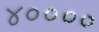
૪૦૦૦૦